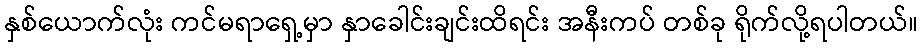
နှစ်ယောက်လုံး ကင်မရာရှေ့မှာ နှာခေါင်းချင်းထိရင်း အနီးကပ် တစ်ခု ရိုက်လို့ရပါတယ်။